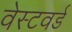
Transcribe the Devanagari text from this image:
वेस्टवर्ड